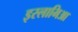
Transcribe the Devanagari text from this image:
इस्लामिआ